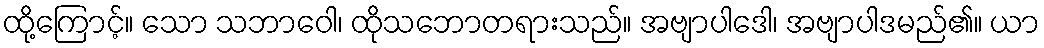
ထို့ကြောင့်။ သော သဘာဝေါ၊ ထိုသဘောတရားသည်။ အဗျာပါဒေါ၊ အဗျာပါဒမည်၏။ ယာ